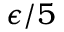
\epsilon / 5